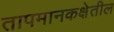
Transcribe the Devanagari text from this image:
तापमानकक्षेतील